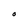
Character: O